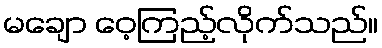
မချော ဝေ့ကြည့်လိုက်သည်။